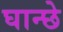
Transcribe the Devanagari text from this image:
घान्छे